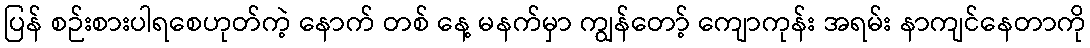
ပြန် စဉ်းစားပါရစေဟုတ်ကဲ့ နောက် တစ် နေ့ မနက်မှာ ကျွန်တော့် ကျောကုန်း အရမ်း နာကျင်နေတာကို